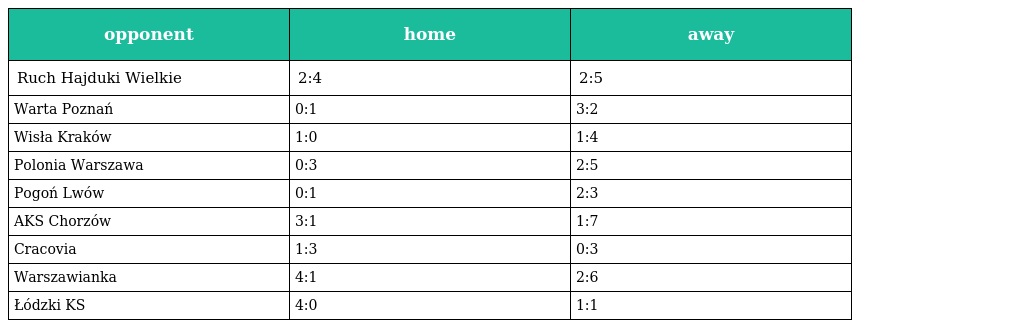
| opponent | home | away |
 | --- | --- | --- |
 | Ruch Hajduki Wielkie | 2:4 | 2:5 |
 | Warta Poznań | 0:1 | 3:2 |
 | Wisła Kraków | 1:0 | 1:4 |
 | Polonia Warszawa | 0:3 | 2:5 |
 | Pogoń Lwów | 0:1 | 2:3 |
 | AKS Chorzów | 3:1 | 1:7 |
 | Cracovia | 1:3 | 0:3 |
 | Warszawianka | 4:1 | 2:6 |
 | Łódzki KS | 4:0 | 1:1 |